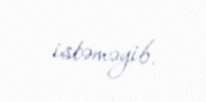
istəməyib.